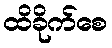
ထိခိုက်စေ